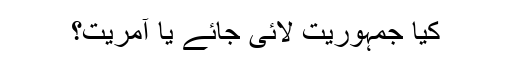
کیا جمہوریت لائی جائے یا آمریت؟